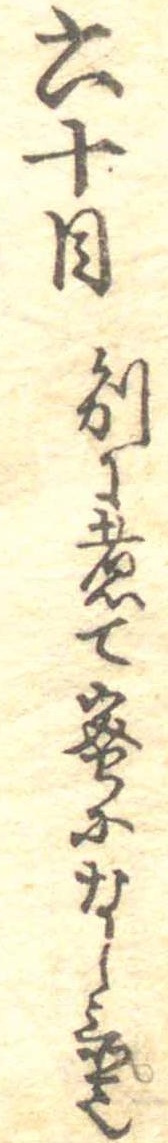
六十目別に煮て蜜になし置也